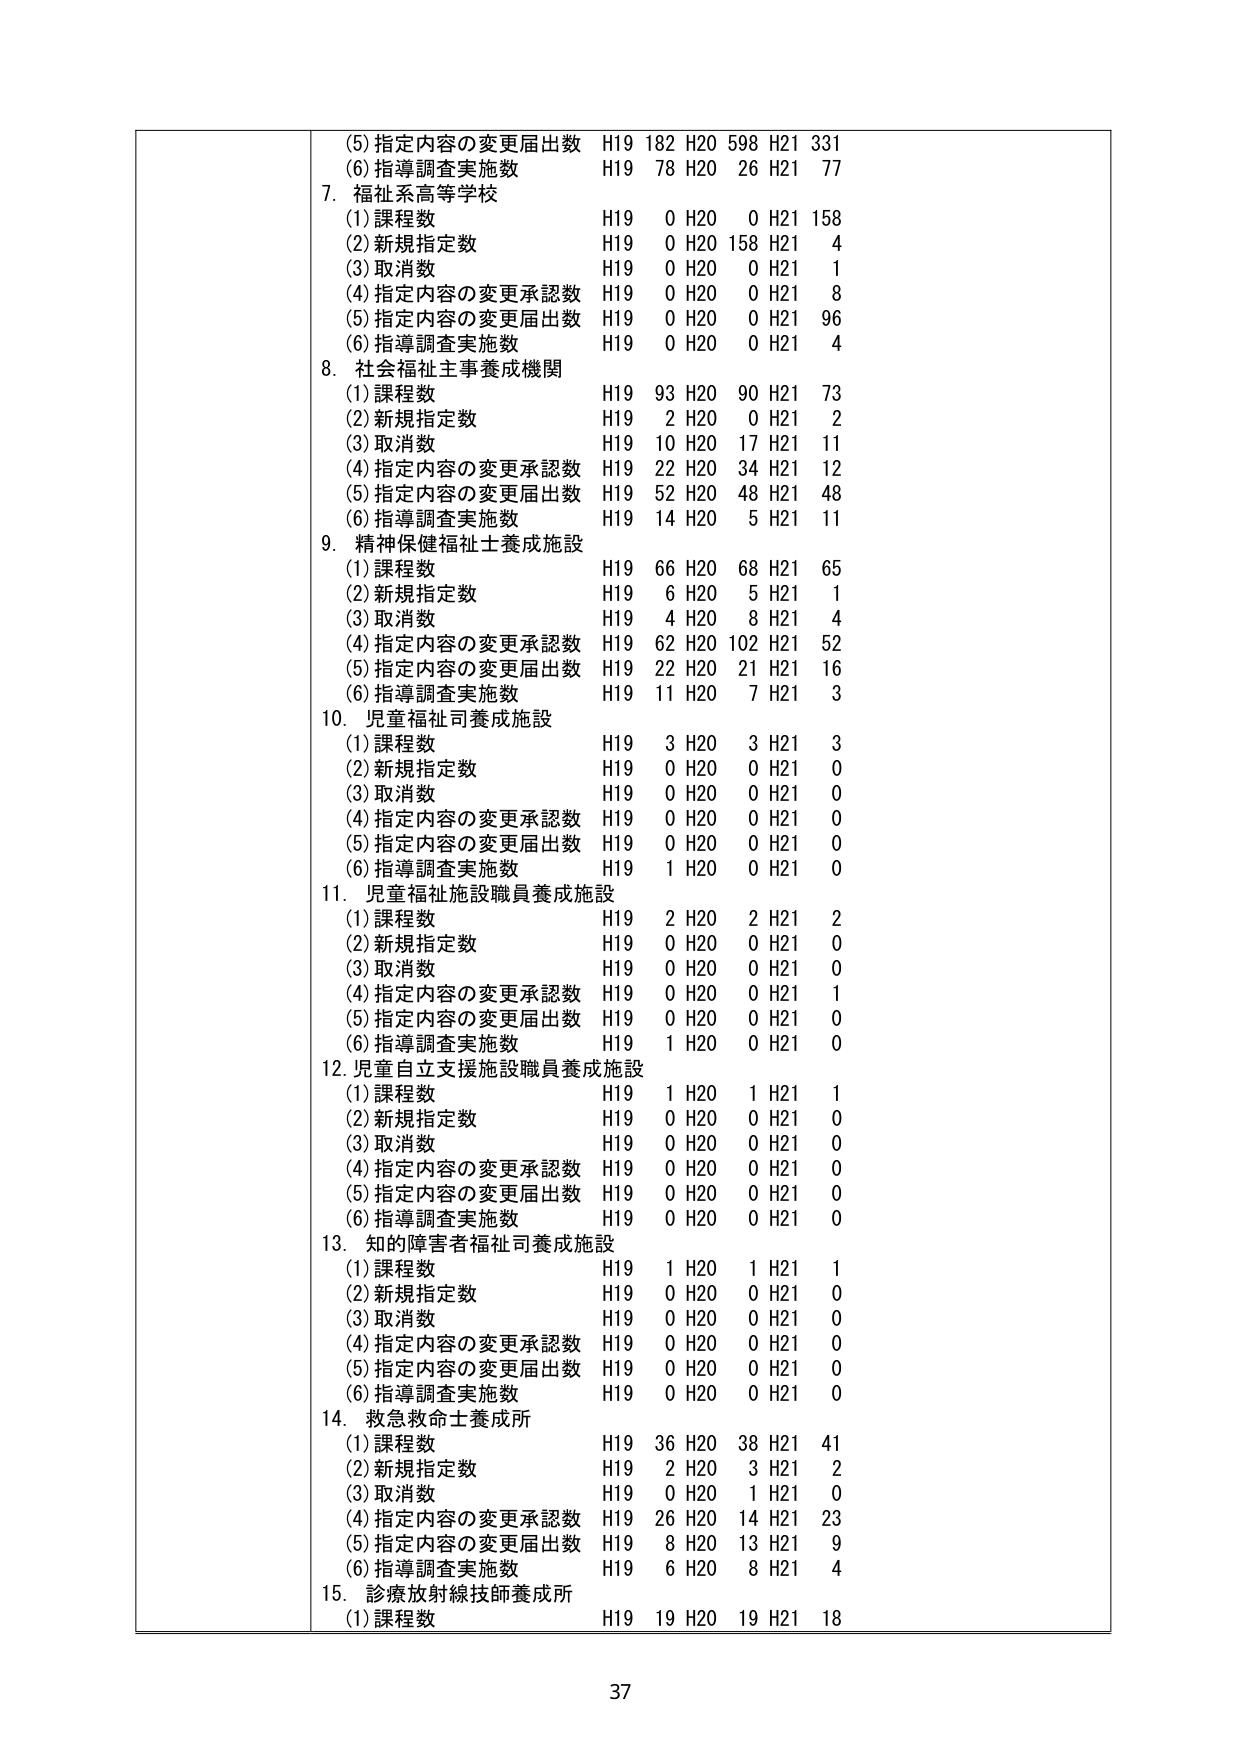
(5) 指定内容の変更届出数 H19 182 H20 598 H21 331
(6) 指導調査実施数 H19 78 H20 26 H21 77
7. 福祉系高等学校
(1) 課程数 H19 0 H20 0 H21 158
(2) 新規指定数 H19 0 H20 158 H21 4
(3) 取消数 H19 0 H20 0 H21 1
(4) 指定内容の変更承認数 H19 0 H20 0 H21 8
(5) 指定内容の変更届出数 H19 0 H20 0 H21 96
(6) 指導調査実施数 H19 0 H20 0 H21 4
8. 社会福祉主事養成機関
(1) 課程数 H19 93 H20 90 H21 73
(2) 新規指定数 H19 2 H20 0 H21 2
(3) 取消数 H19 10 H20 17 H21 11
(4) 指定内容の変更承認数 H19 22 H20 34 H21 12
(5) 指定内容の変更届出数 H19 52 H20 48 H21 48
(6) 指導調査実施数 H19 14 H20 5 H21 11
9. 精神保健福祉士養成施設
(1) 課程数 H19 66 H20 68 H21 65
(2) 新規指定数 H19 6 H20 5 H21 1
(3) 取消数 H19 4 H20 8 H21 4
(4) 指定内容の変更承認数 H19 62 H20 102 H21 52
(5) 指定内容の変更届出数 H19 22 H20 21 H21 16
(6) 指導調査実施数 H19 11 H20 7 H21 3
10. 児童福祉司養成施設
(1) 課程数 H19 3 H20 3 H21 3
(2) 新規指定数 H19 0 H20 0 H21 0
(3) 取消数 H19 0 H20 0 H21 0
(4) 指定内容の変更承認数 H19 0 H20 0 H21 0
(5) 指定内容の変更届出数 H19 0 H20 0 H21 0
(6) 指導調査実施数 H19 1 H20 0 H21 0
11. 児童福祉施設職員養成施設
(1) 課程数 H19 2 H20 2 H21 2
(2) 新規指定数 H19 0 H20 0 H21 0
(3) 取消数 H19 0 H20 0 H21 0
(4) 指定内容の変更承認数 H19 0 H20 0 H21 1
(5) 指定内容の変更届出数 H19 0 H20 0 H21 0
(6) 指導調査実施数 H19 1 H20 0 H21 0
12. 児童自立支援施設職員養成施設
(1) 課程数 H19 1 H20 1 H21 1
(2) 新規指定数 H19 0 H20 0 H21 0
(3) 取消数 H19 0 H20 0 H21 0
(4) 指定内容の変更承認数 H19 0 H20 0 H21 0
(5) 指定内容の変更届出数 H19 0 H20 0 H21 0
(6) 指導調査実施数 H19 0 H20 0 H21 0
13. 知的障害者福祉司養成施設
(1) 課程数 H19 1 H20 1 H21 1
(2) 新規指定数 H19 0 H20 0 H21 0
(3) 取消数 H19 0 H20 0 H21 0
(4) 指定内容の変更承認数 H19 0 H20 0 H21 0
(5) 指定内容の変更届出数 H19 0 H20 0 H21 0
(6) 指導調査実施数 H19 0 H20 0 H21 0
14. 救急救命士養成所
(1) 課程数 H19 36 H20 38 H21 41
(2) 新規指定数 H19 2 H20 3 H21 2
(3) 取消数 H19 0 H20 1 H21 0
(4) 指定内容の変更承認数 H19 26 H20 14 H21 23
(5) 指定内容の変更届出数 H19 8 H20 13 H21 9
(6) 指導調査実施数 H19 6 H20 8 H21 4
15. 診療放射線技師養成所
(1) 課程数 H19 19 H20 19 H21 18
37